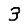
Digit: 3